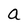
Character: a